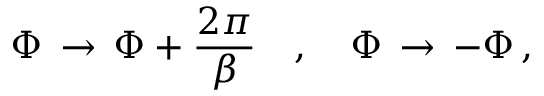
\Phi \, \rightarrow \, \Phi + \frac { 2 \pi } { \beta } \quad , \quad \Phi \, \rightarrow \, - \Phi \, ,